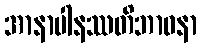
အာနာပါနဿတိဘာဝနာ